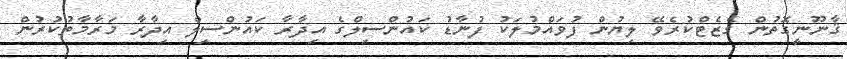
ޤާނޫނީގޮތުން ގެޒެޓްކުރެވޭ ލިޔުން ފުވައްމުލަކު ފުނާޑު ކައުންސިލްގެ އިދާރާ ކައުންސިލް އިދާރާ މަރާމާތުކުރުން